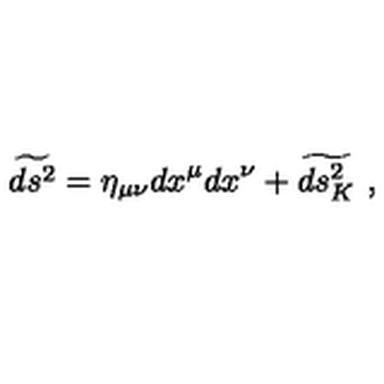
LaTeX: \widetilde { d s ^ { 2 } } = \eta _ { \mu \nu } d x ^ { \mu } d x ^ { \nu } + \widetilde { d s _ { K } ^ { 2 } } \ ,